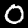
Digit: 0